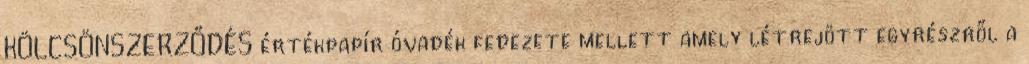
KÖLCSÖNSZERZŐDÉS értékpapír óvadék fedezete mellett amely létrejött egyrészről a